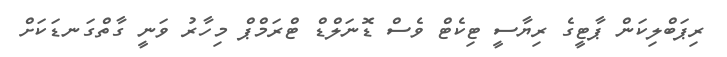
ރިޕަބްލިކަން ޕާޓީގެ ރިޔާސީ ޓިކެޓް ވެސް ޑޮނަލްޑް ޓްރަމްޕް މިހާރު ވަނީ ގާތްގަނޑަކަށް